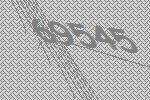
69545